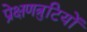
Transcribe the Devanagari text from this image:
प्रेक्षणत्रुटियों